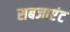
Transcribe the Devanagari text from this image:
सबजाएंट